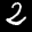
Label: 2